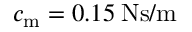
c _ { \mathrm { m } } = 0 . 1 5 \: \mathrm { N s / m }